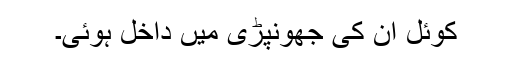
کوئل ان کی جھونپڑی میں داخل ہوئی۔